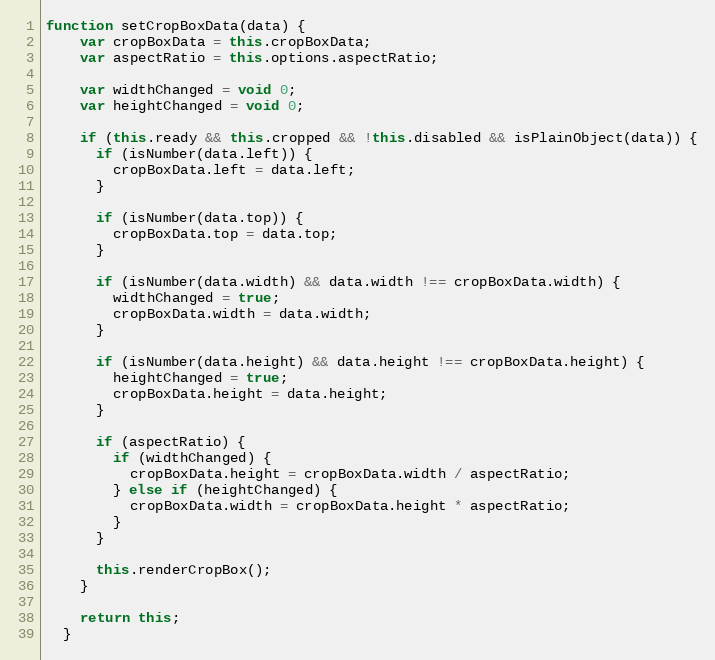
Language: JavaScript
function setCropBoxData(data) {
    var cropBoxData = this.cropBoxData;
    var aspectRatio = this.options.aspectRatio;

    var widthChanged = void 0;
    var heightChanged = void 0;

    if (this.ready && this.cropped && !this.disabled && isPlainObject(data)) {
      if (isNumber(data.left)) {
        cropBoxData.left = data.left;
      }

      if (isNumber(data.top)) {
        cropBoxData.top = data.top;
      }

      if (isNumber(data.width) && data.width !== cropBoxData.width) {
        widthChanged = true;
        cropBoxData.width = data.width;
      }

      if (isNumber(data.height) && data.height !== cropBoxData.height) {
        heightChanged = true;
        cropBoxData.height = data.height;
      }

      if (aspectRatio) {
        if (widthChanged) {
          cropBoxData.height = cropBoxData.width / aspectRatio;
        } else if (heightChanged) {
          cropBoxData.width = cropBoxData.height * aspectRatio;
        }
      }

      this.renderCropBox();
    }

    return this;
  }